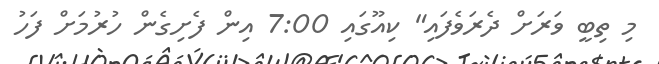
މި ތިބީ ވަރަށް ދެރަވެފައި" ކިއޫގައި 7:00 އިން ފެށިގެން ހުރުމަށް ފަހު